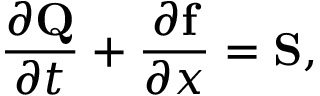
\frac { \partial \mathbf { Q } } { \partial t } + \frac { \partial \mathbf { f } } { \partial x } = \mathbf { S } ,